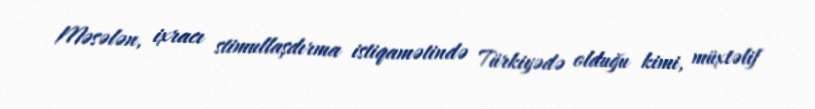
Məsələn, ixracı stimullaşdırma istiqamətində Türkiyədə olduğu kimi, müxtəlif